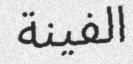
الفينة